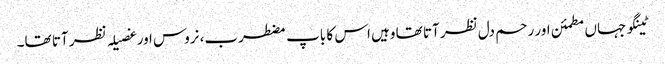
ٹینگو جہاں مطمئن اور رحم دل نظر آتا تھا وہیں اس کا باپ مضطرب، نروس اور غصیلہ نظر آتا تھا۔